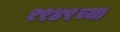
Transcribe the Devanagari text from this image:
१९४९च्या